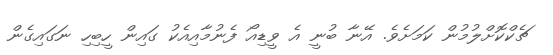
ޗެކްކޮށްލުމުން ކަމަށެވެ. އޭނާ ބުނީ އެ ވީޑިއޯ ފެނުމާއިއެކު ގައިން ހީބިހި ނަަގައިގެން